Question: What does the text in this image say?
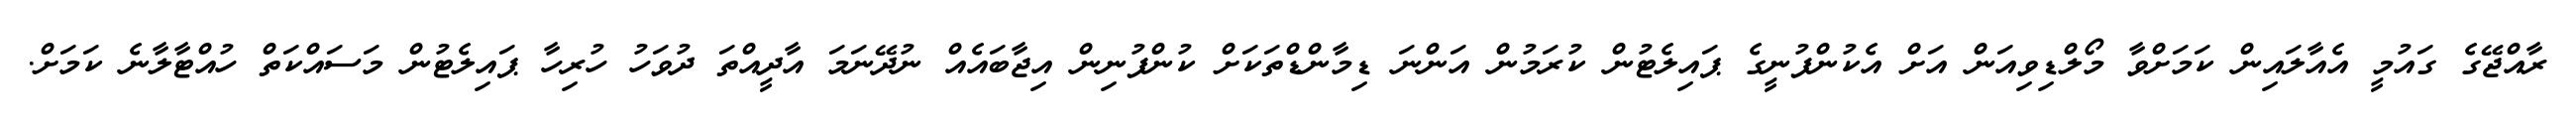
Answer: ރާއްޖޭގެ ގައުމީ އެއާލައިން ކަމަށްވާ މޯލްޑިވިއަން އަށް އެކުންފުނީގެ ޕައިލެޓުން ކުރަމުން އަންނަ ޑިމާންޑްތަކަށް ކުންފުނިން އިޖާބައެއް ނުދޭނަމަ އާދީއްތަ ދުވަހު ހުރިހާ ޕައިލެޓުން މަސައްކަތް ހުއްޓާލާނެ ކަމަށް.